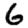
Digit: 6